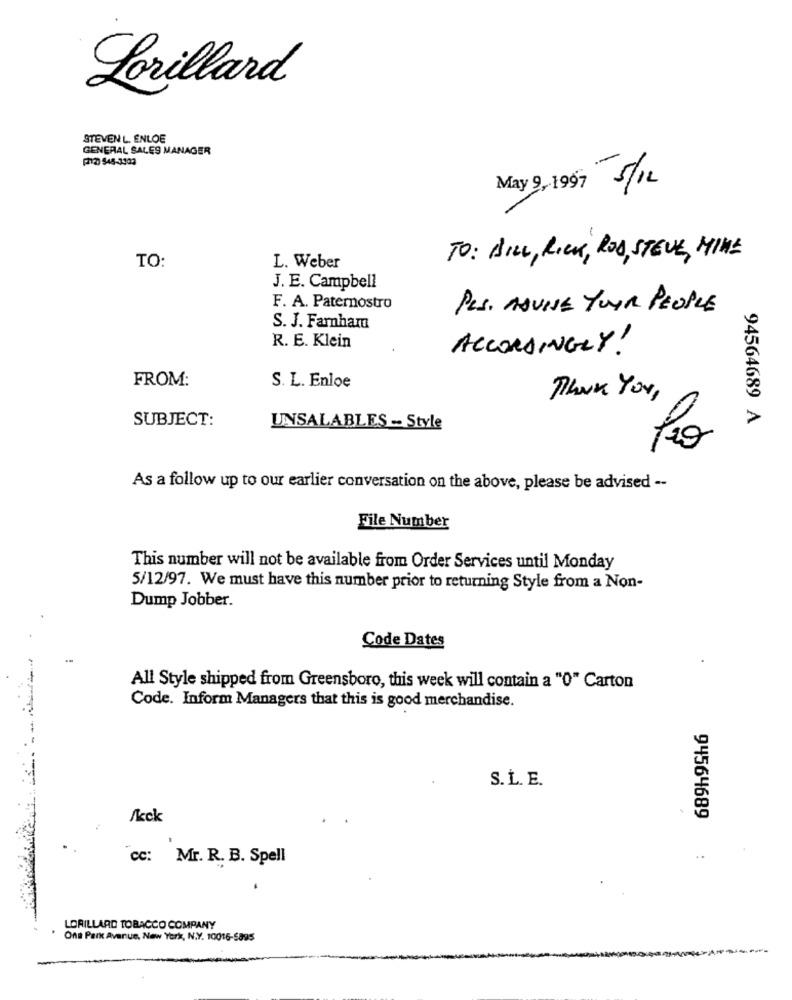
Lorillard
STEVEN L. ENLOE
GENERAL SALES MANAGER
(212 545-3303
May 9, 199 5/12
TO:
TO: BILL, RICK, ROD, STEVE, MIKE
L. Weber
J. E. Campbell
F. A. Paternostro
PLS. AQUINE YOUR PEOPLE
S. J. Farnham
R. E. Klein
ACCORDINGLY!
FROM:
S. L. Enloe
Thank You,
SUBJECT:
94564689 A
UNSALABLES -- Style
As a follow up to our earlier conversation on the above, please be advised --
File Number
This number will not be available from Order Services until Monday
5/12/97. We must have this number prior to returning Style from a Non-
Dump Jobber.
Code Dates
All Style shipped from Greensboro, this week will contain a "O" Carton
Code. Inform Managers that this is good merchandise.
S. L. E.
/kck
94564689
cc: Mr. R. B. Spell
..
LORILLARD TOBACCO COMPANY
One Park Avenue, New York, N.Y. 10016-5895